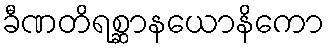
ခီဏတိရစ္ဆာနယောနိကော